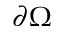
\partial \Omega